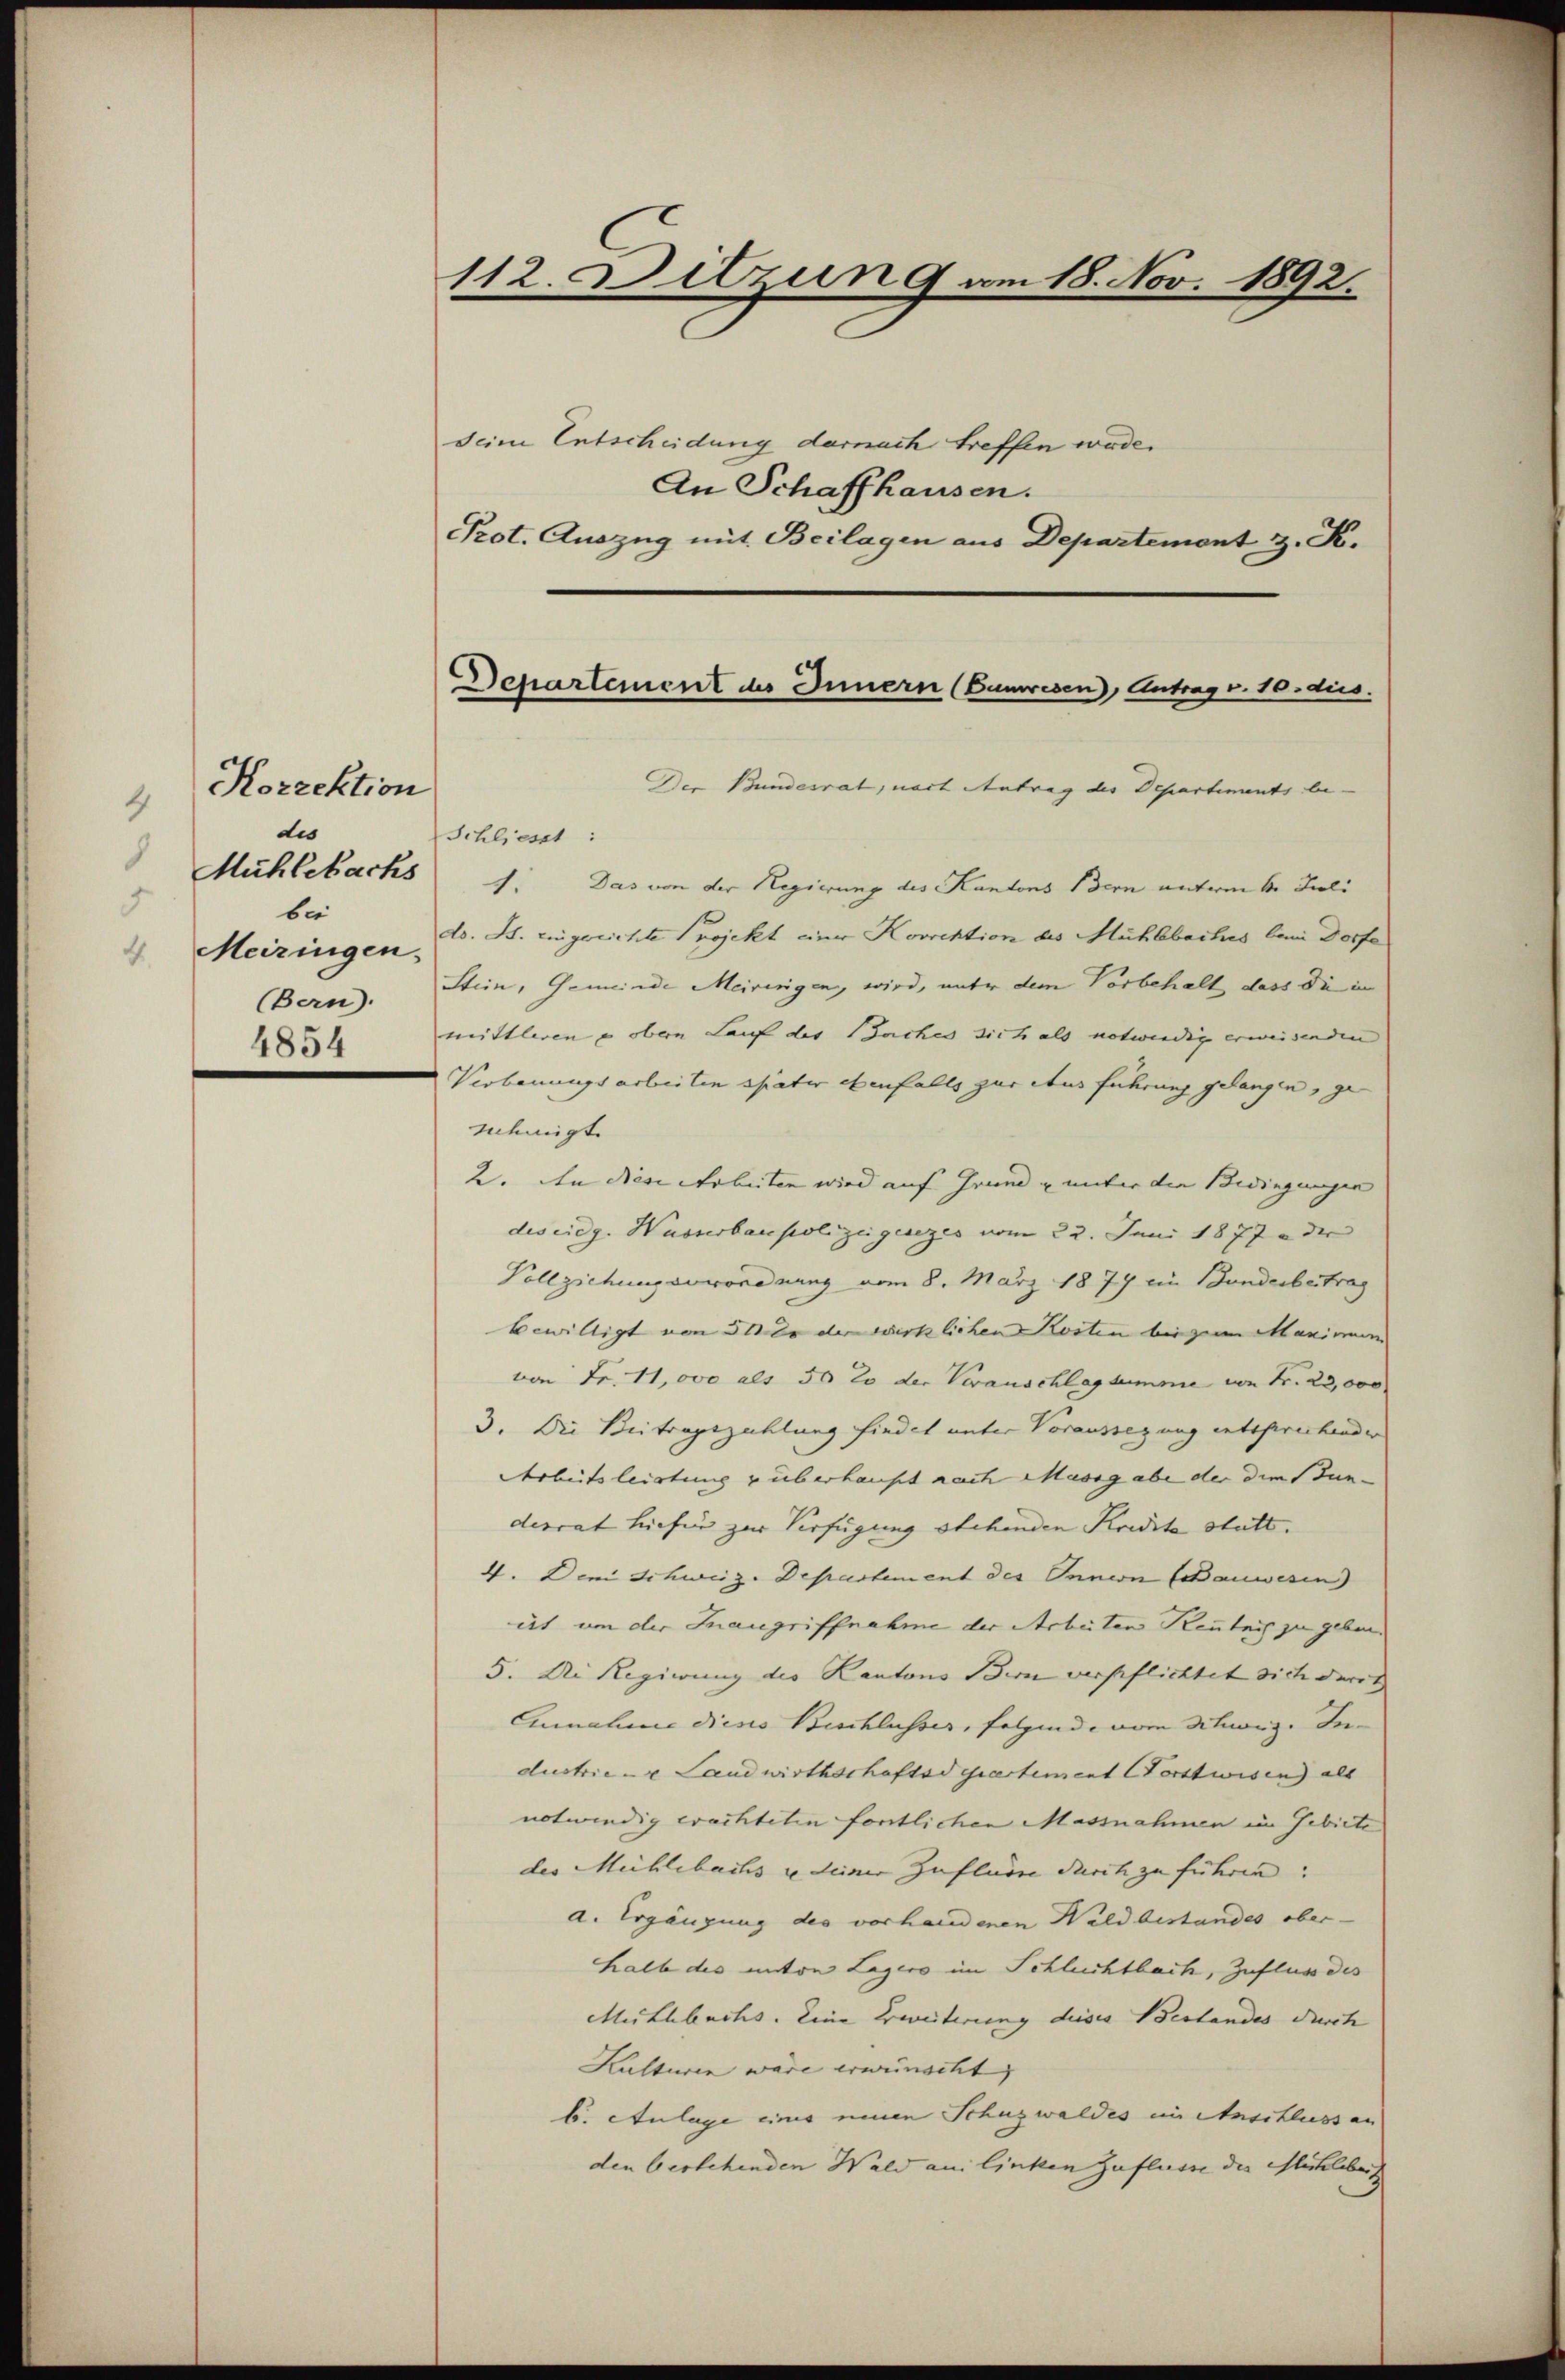
Korrektion
4
dis
5
bei
 Meizingen.
(Bern).
4854

112. Ditzung am 18. Nov. 1892.
seine Entscheidung darnach treffen würde.

Prot. Auszug mit Beilagen aus Departemont z. K.

An Schaffhausen.

Departement des Innern (Bumresen, Antrag v. 10. dies

Der Bundesrat, nach Antrag des Departiments be-
Schliesst:
Mühlebachs 1. Das von der Regierung des Kantons Bern unterm 6. Juli
do. St. Eingerichte Projekt einer Korrektion des Mühlebaches beim Dorfe
Stein, Gemeinde Meiringen, wird, unter dem Vorbehalt, dass die im
mittleren u oben Lauf des Saches sich als notwendig erweisenden
Verbauungsarbeiten später ebenfalls zur Ausführung gelangen, ge
nemigt.
2. An diese Arbeiten wird auf Grund u unter die Bedingungen
des eidg. Wasserbaupolizei gesezes vom 22. Juni 1877 der
Vollziehung gewordnung vom 8. März 1879 ein Bunderbertrag
bewilligt von 50 er der wirklichen Kosten bei zum Manimum
von Fr. 11,000 als 50 20 der Veranschlagsumme von Fr. 23,000
3. Die Beitragszahlung findet unter Voraussezung entsprechender
Arbeitsleistung überhaupt nach Massgabe der die Stunderrat hiefür zur Verfügung stehenden Kredite statt.
4. Den Schweiz. Departement des Innern (Bauwesen
ist um der Inangriffnahme der Arbeiten Kenntnis zu geben.
5. Die Regierung des Kantons Bern verpflichtet sich darit
Einnahme dieses Beschlusser, folgende vom Schwarz. Industrie - Landwirthschaftsderartement Forstwisen als
notwendig erachteten fortlichen Massnahmen im Gebiete
des Mühlebachs u. deiner Zuflur durch zu führen. |
a. Ergänzung des vorhandenen Waldbestandes ober-
halb des unten Lagers im Schlechtbach, Zufluss des
Misthbuchs. Eine Erweiterung dieses Bestandes durch |
Kulturen wäre erwünscht, |
b. Anlage eines einen Schuzwaldes im Anschluss an
den bestehenden Wald am linken Zuflusse der Mühlberg